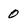
Character: 0